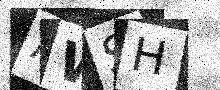
Text: AWSH